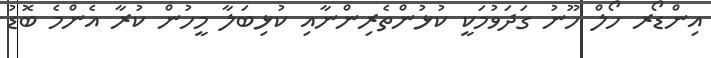
އިންޑޯރ ހޯލް ހޫނު ގަދަވުމަކީ ކުޅުންތެރިންނާއި ކުޅިބަލާ މީހުން ކުރާ އެންމެ ބޮޑު